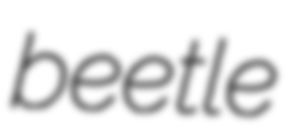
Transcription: beetle